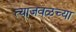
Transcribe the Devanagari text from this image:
त्याजवळच्या